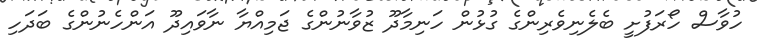
ހުވާސް ހޯރަފުށީ ބެލެނިވެރިންގެ ގުޅުން ހަނިމާދޫ ޒުވާނުންގެ ޖަމިއްޔާ ނާވައިދޫ އަންހެނުންގެ ބަދަހި